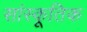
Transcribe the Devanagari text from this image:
सांस्कूतिक